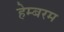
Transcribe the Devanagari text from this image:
हेम्बरम